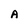
Character: A